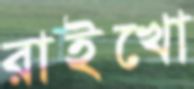
রাইখো